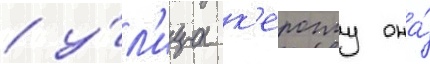
/ у́л'ица к'ероглу она́